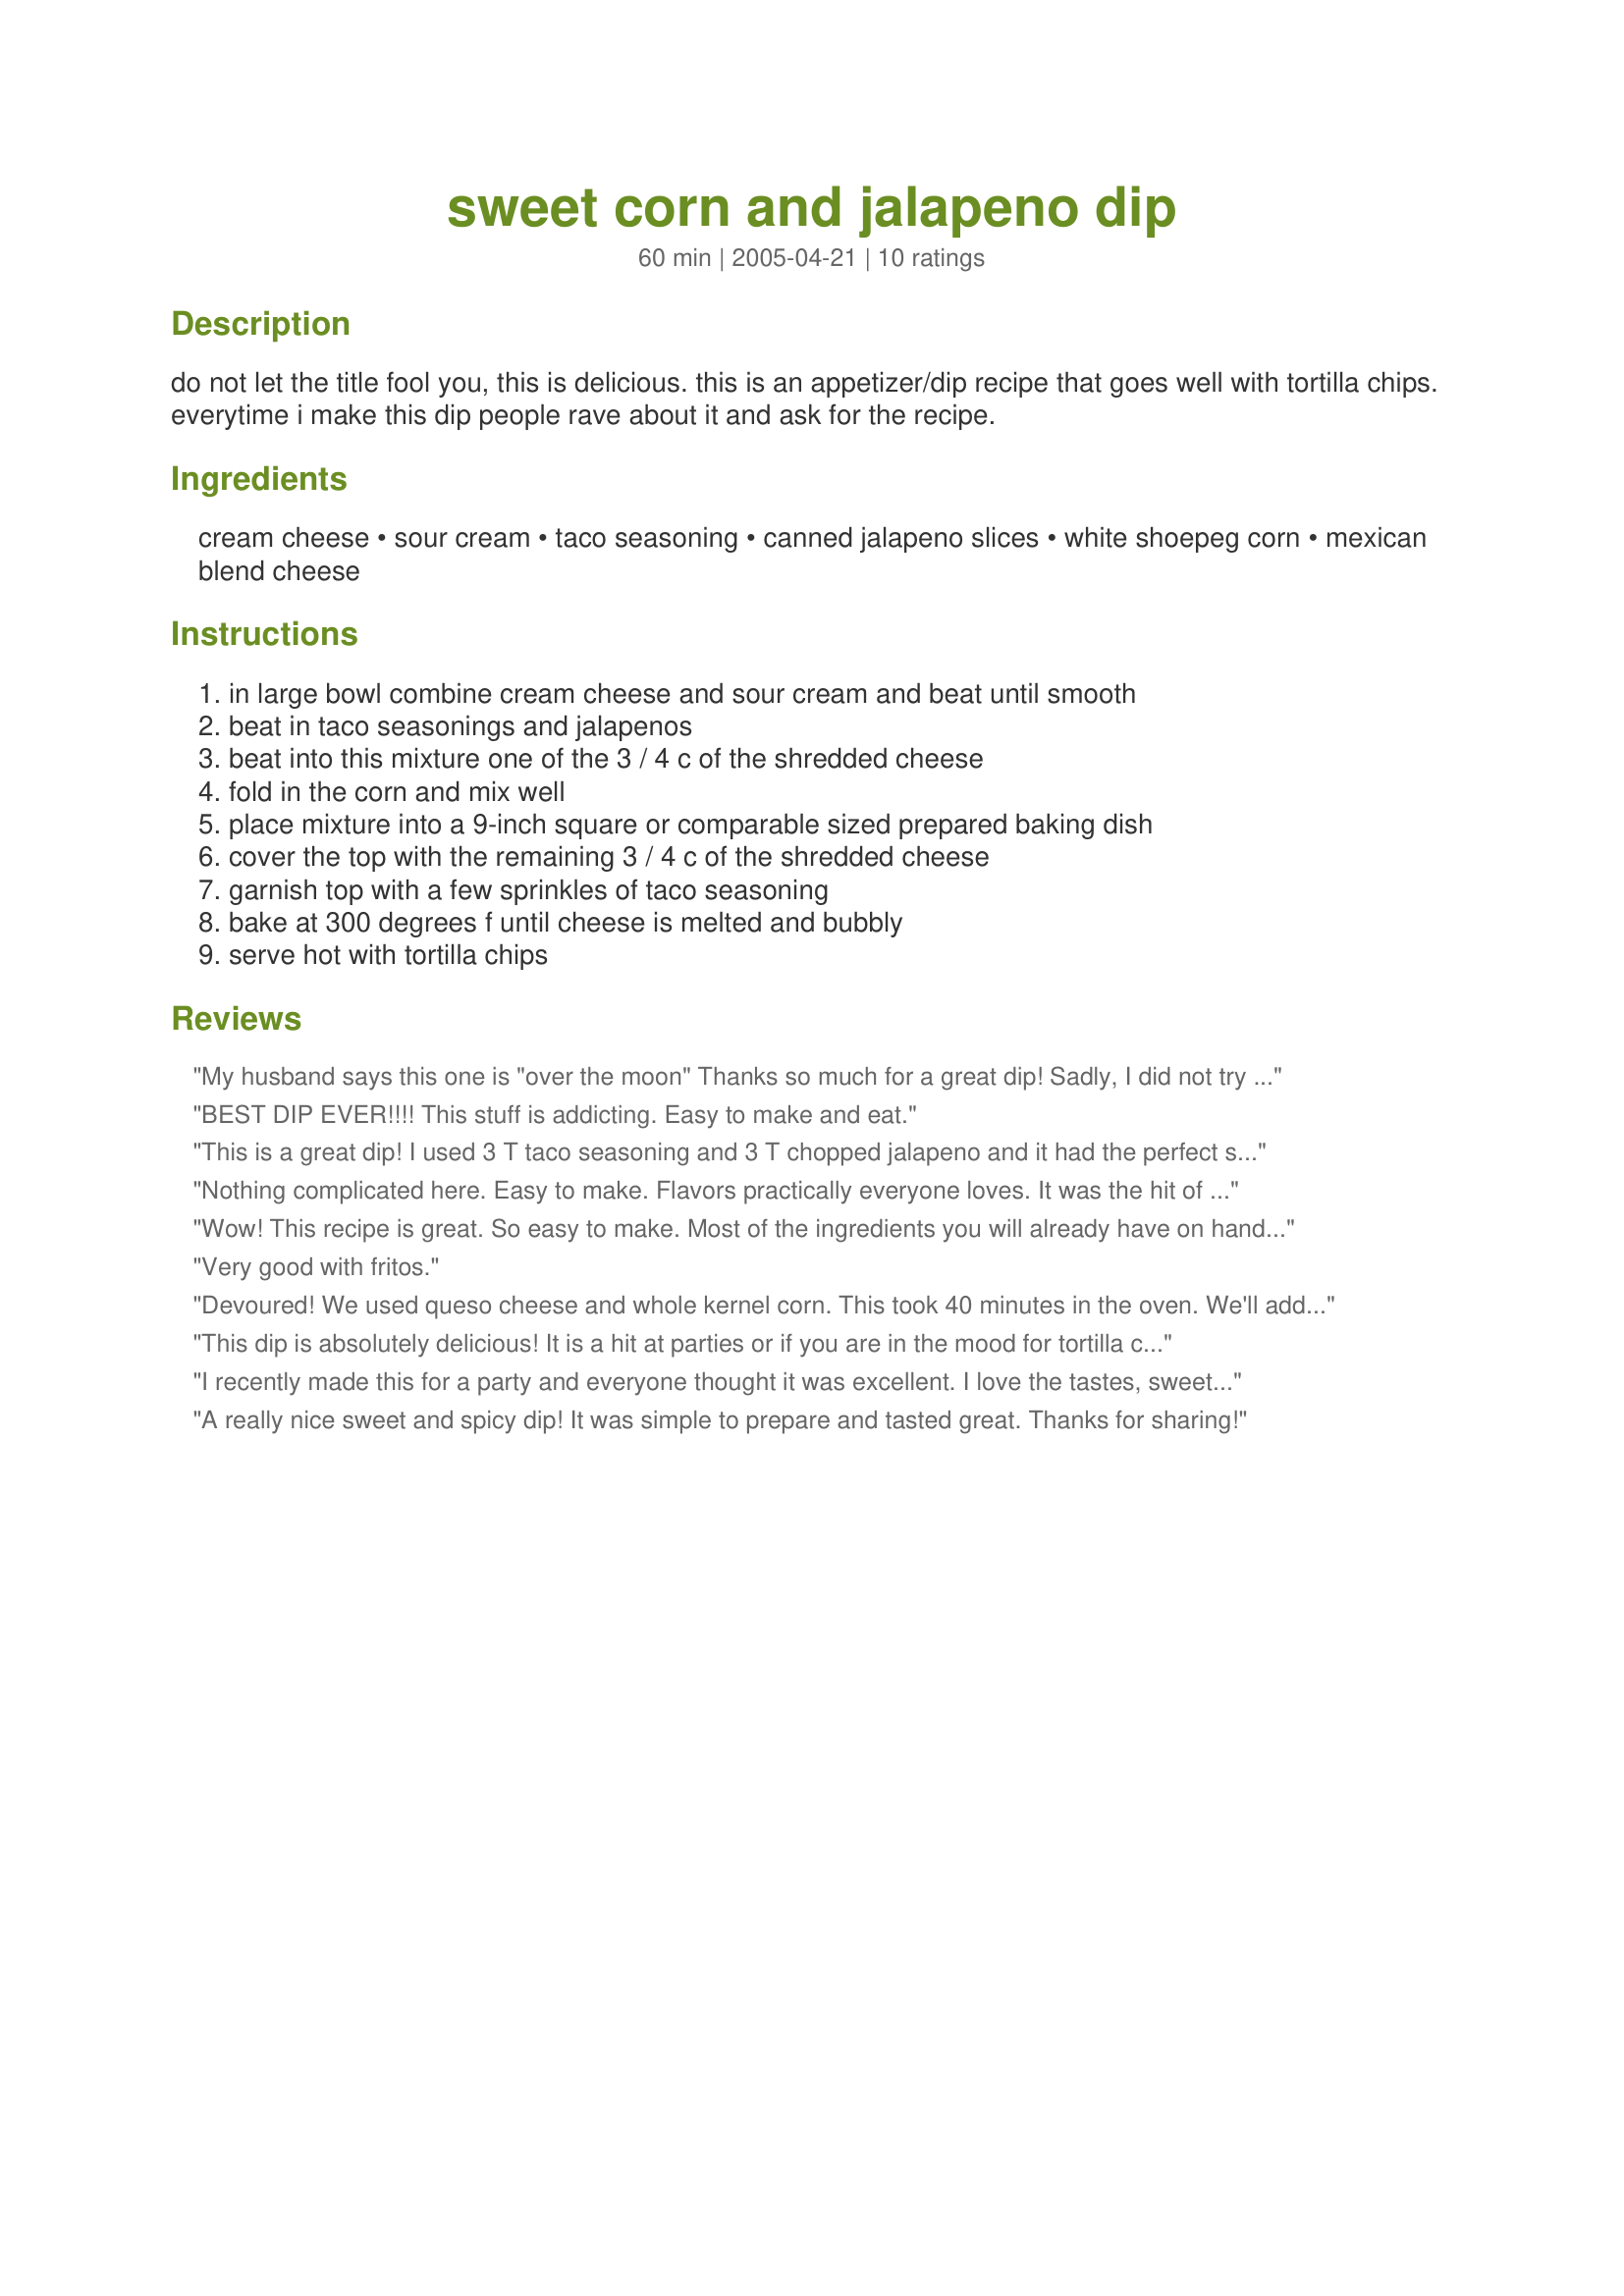
sweet corn and jalapeno dip
Preparation time: 60 minutes

do not let the title fool you, this is delicious. this is an appetizer/dip recipe that goes well with tortilla chips. everytime i make this dip people rave about it and ask for the recipe.

Ingredients:
cream cheese, sour cream, taco seasoning, canned jalapeno slices, white shoepeg corn, mexican blend cheese

Steps:
in large bowl combine cream cheese and sour cream and beat until smooth, beat in taco seasonings and jalapenos, beat into this mixture one of the 3 / 4 c of the shredded cheese, fold in the corn and mix well, place mixture into a 9-inch square or comparable sized prepared baking dish, cover the top with the remaining 3 / 4 c of the shredded cheese, garnish top with a few sprinkles of taco seasoning, bake at 300 degrees f until cheese is melted and bubbly, serve hot with tortilla chips

Reviews:
My husband says this one is "over the moon" Thanks so much for a great dip! Sadly, I did not try it because me and jalapeno's do not get along.
BEST DIP EVER!!!! This stuff is addicting. Easy to make and eat.
This is a great dip! I used 3 T taco seasoning and 3 T chopped jalapeno and it had the perfect spice for us. Cooked for 12 minutes and served with Fritos scoops - loved it - thanks for sharing the recipe! Made for Fall PAC 2009
Nothing complicated here. Easy to make. Flavors practically everyone loves. It was the hit of my pre-Thanksgiving dinner snack spread. I had to give away my hardcopy of the recipe.
Wow! This recipe is great. So easy to make. Most of the ingredients you will already have on hand. Try it today!
Very good with fritos.
Devoured! We used queso cheese and whole kernel corn. This took 40 minutes in the oven. We'll add some chopped tomatoes next time and think it would be awesome with Frito Lays corn chips scoops! Thanks for a great recipe. :)
This dip is absolutely delicious! It is a hit at parties or if you are in the mood for tortilla chips and bored with plain salsa. I took it to a party last week and half the party asked me for the recipe!
I recently made this for a party and everyone thought it was excellent. I love the tastes, sweet and spicy. My guests enjoyed it also because it was gone in 20 minutes! This is a VERY tasty dip especially if you enjoy Mexican spicy style treats!
A really nice sweet and spicy dip! It was simple to prepare and tasted great. Thanks for sharing!
